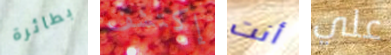
بطائرة إكتشف أنت علي